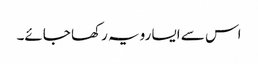
اس سے ایسا رویہ رکھا جائے۔